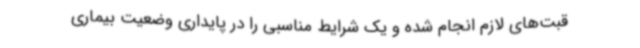
قبت‌های لازم انجام شده و یک شرایط مناسبی را در پایداری وضعیت بیماری